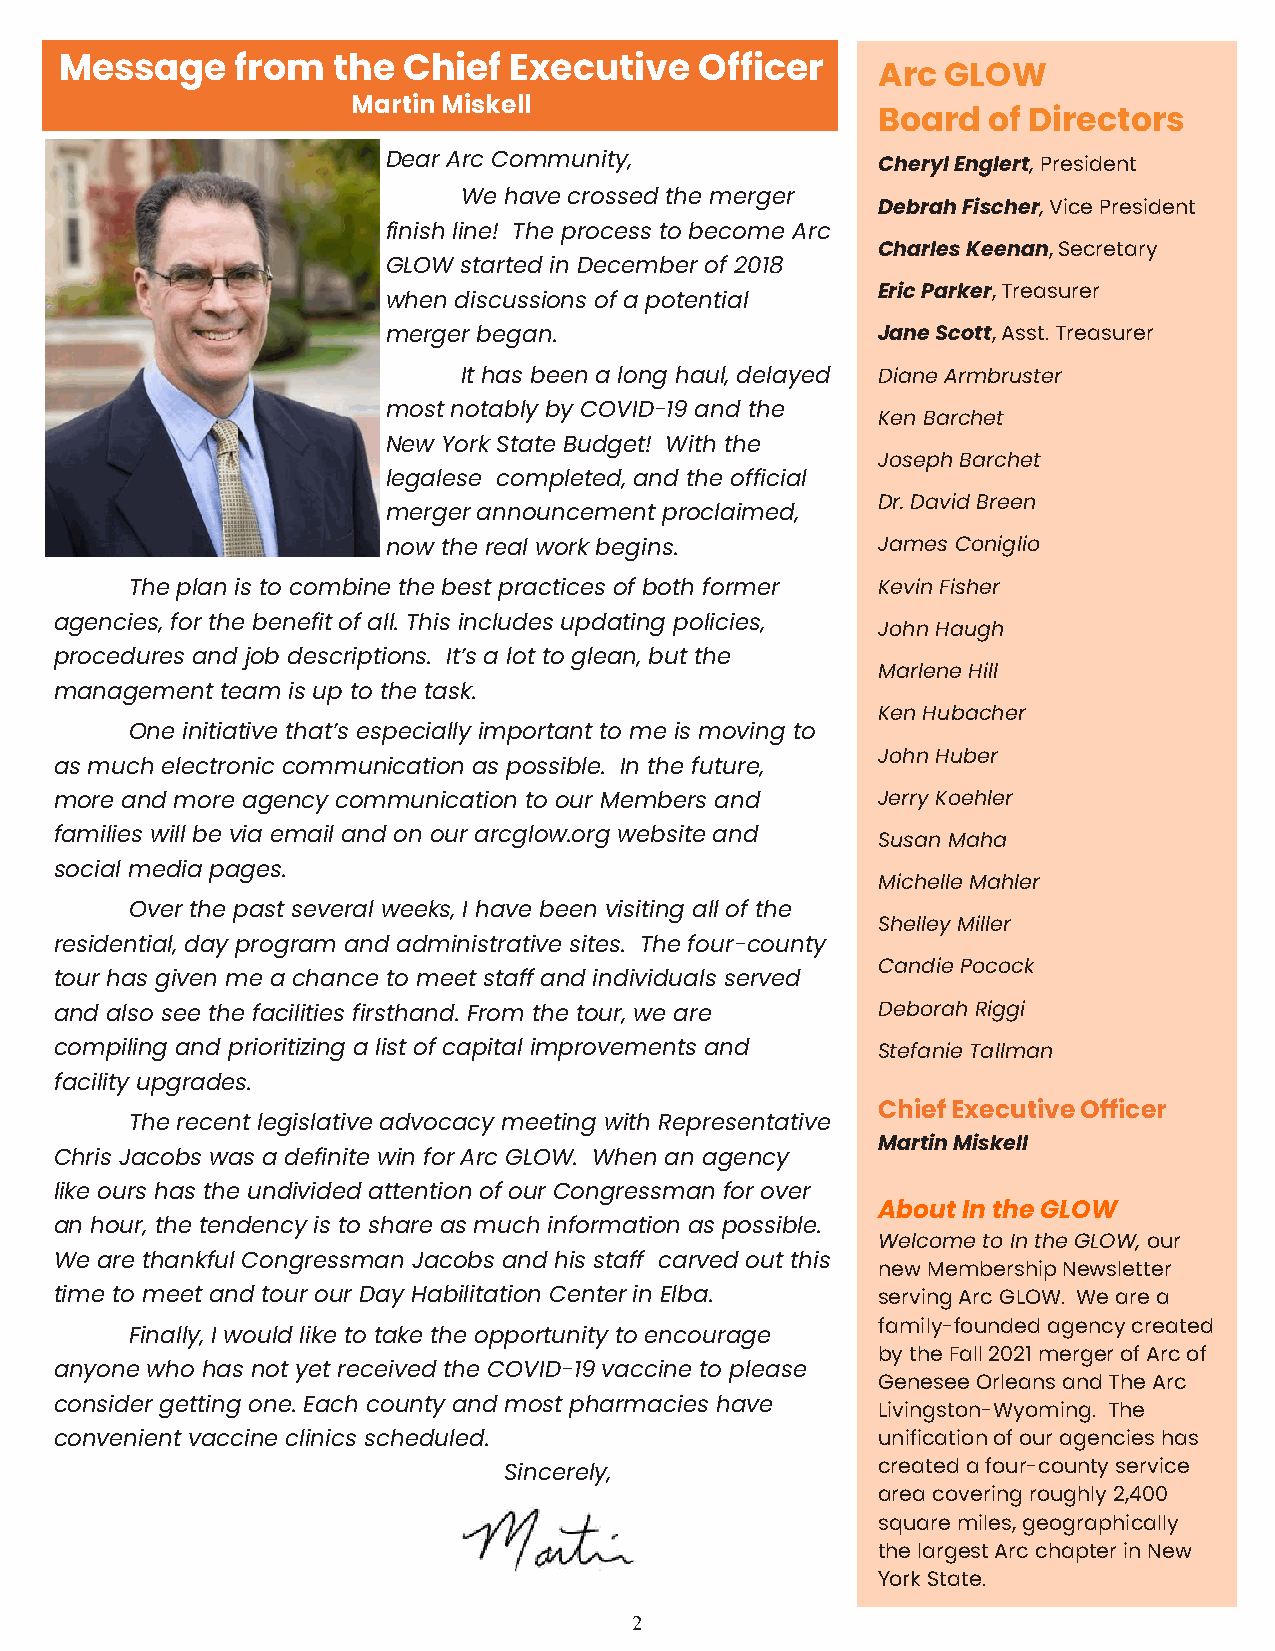
Message     from  the  Chief  Executive   Officer
 Arc  GLOW
 Martin Miskell
 Board  of Directors
 Dear Arc Community,             Cheryl Englert, President
 We have crossed the merger
 Debrah Fischer, Vice President
 finish line! The process to become Arc
 Charles Keenan, Secretary
 GLOW started in December of 2018
 Eric Parker, Treasurer
 when discussions of a potential
 merger began.                   Jane Scott, Asst. Treasurer
 It has been a long haul, delayed Diane Armbruster
 most notably by COVID-19 and the
 Ken Barchet
 New York State Budget! With the
 Joseph Barchet
 legalese completed, and the official
 Dr. David Breen
 merger announcement proclaimed,
 now the real work begins.       James Coniglio
 The plan is to combine the best practices of both former Kevin Fisher
 agencies, for the benefit of all. This includes updating policies,
 John Haugh
 procedures and job descriptions. It’s a lot to glean, but the
 Marlene Hill
 management team is up to the task.
 Ken Hubacher
 One initiative that’s especially important to me is moving to
 John Huber
 as much electronic communication as possible. In the future,
 more and more agency communication to our Members and Jerry Koehler
 families will be via email and on our arcglow.org website and Susan Maha
 social media pages.
 Michelle Mahler
 Over the past several weeks, I have been visiting all of the
 Shelley Miller
 residential, day program and administrative sites. The four-county
 Candie Pocock
 tour has given me a chance to meet staff and individuals served
 and also see the facilities firsthand. From the tour, we are Deborah Riggi
 compiling and prioritizing a list of capital improvements and Stefanie Tallman
 facility upgrades.
 Chief Executive Officer
 The recent legislative advocacy meeting with Representative
 Martin Miskell
 Chris Jacobs was a definite win for Arc GLOW. When an agency
 like ours has the undivided attention of our Congressman for over
 About In the GLOW
 an hour, the tendency is to share as much information as possible.
 Welcome to In the GLOW, our
 We are thankful Congressman Jacobs and his staff carved out this
 new Membership Newsletter
 time to meet and tour our Day Habilitation Center in Elba. serving Arc GLOW. We are a
 family-founded agency created
 Finally, I would like to take the opportunity to encourage
 by the Fall 2021 merger of Arc of
 anyone who has not yet received the COVID-19 vaccine to please
 Genesee Orleans and The Arc
 consider getting one. Each county and most pharmacies have
 Livingston-Wyoming. The
 convenient vaccine clinics scheduled.                 unification of our agencies has
 Sincerely,               created a four-county service
 area covering roughly 2,400
 square miles, geographically
 the largest Arc chapter in New
 York State.
 2